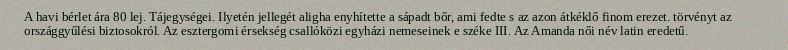
A havi bérlet ára 80 lej. Tájegységei. Ilyetén jellegét aligha enyhítette a sápadt bőr, ami fedte s az azon átkéklő finom erezet. törvényt az országgyűlési biztosokról. Az esztergomi érsekség csallóközi egyházi nemeseinek e széke III. Az Amanda női név latin eredetű.